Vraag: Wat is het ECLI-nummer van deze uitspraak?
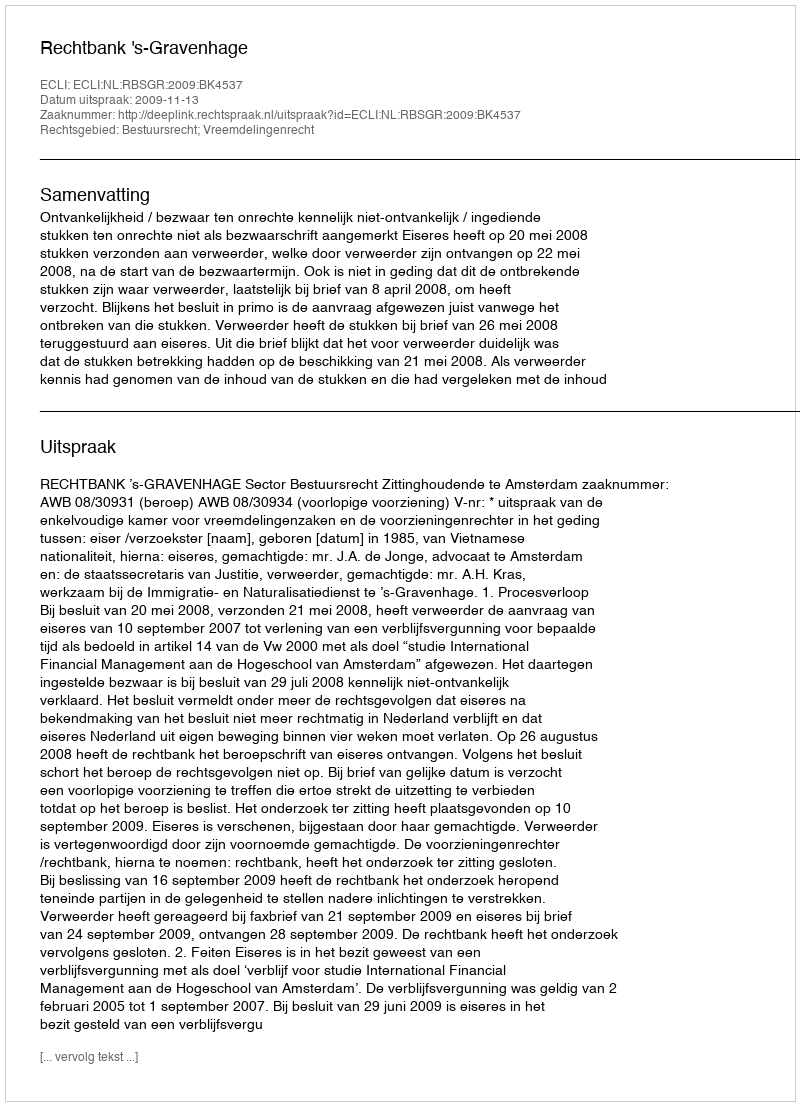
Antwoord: ECLI:NL:RBSGR:2009:BK4537